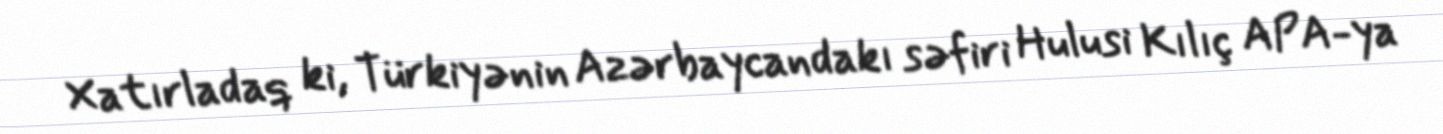
Xatırladaq ki, Türkiyənin Azərbaycandakı səfiri Hulusi Kılıç APA-ya